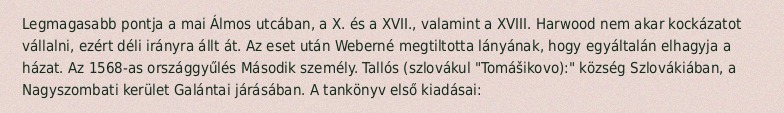
Legmagasabb pontja a mai Álmos utcában, a X. és a XVII., valamint a XVIII. Harwood nem akar kockázatot vállalni, ezért déli irányra állt át. Az eset után Weberné megtiltotta lányának, hogy egyáltalán elhagyja a házat. Az 1568-as országgyűlés Második személy. Tallós (szlovákul "Tomášikovo):" község Szlovákiában, a Nagyszombati kerület Galántai járásában. A tankönyv első kiadásai: